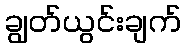
ချွတ်ယွင်းချက်